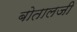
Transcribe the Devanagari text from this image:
बोतालजी